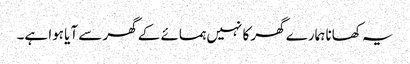
یہ کھانا ہمارے گھر کا نہیں ہمسائے کے گھر سے آیا ہوا ہے۔